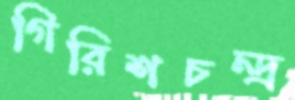
গিরিশচন্দ্র